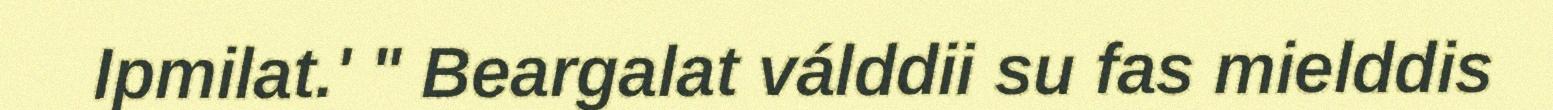
Ipmilat.' " Beargalat válddii su fas mielddis